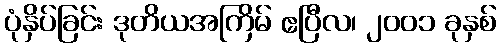
ပုံနှိပ်ခြင်း ဒုတိယအကြိမ် ဧပြီလ၊ ၂၀၀၁ ခုနှစ်